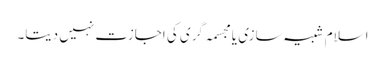
اسلام شبیہ سازی یا مجسمہ گری کی اجازت نہیں دیتا۔